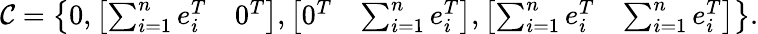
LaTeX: \mathcal{C}=\left\lbrace 0,\left[\begin{array}{cc}{\sum_{i=1}^{n}e_{i}^{T}}&{0^{T}}\end{array}\right],\left[\begin{array}{cc}{0^{T}}&{\sum_{i=1}^{n}e_{i}^{T}}\end{array}\right],\left[\begin{array}{cc}{\sum_{i=1}^{n}e_{i}^{T}}&{\sum_{i=1}^{n}e_{i}^{T}}\end{array}\right]\right\rbrace.